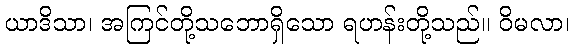
ယာဒိသာ၊ အကြင်တို့သဘောရှိသော ရဟန်းတို့သည်။ ဝိမလာ၊